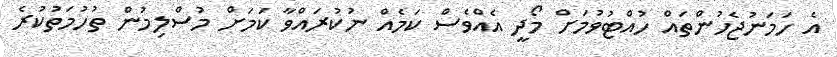
އެ ހަމަނުޖެހުންތައް ހުއްޓުވުމަށް މޯދީ އެއްވެސް ކަމެއް ނުކުރައްވާ ކަމަށް މުސްލިމުން ތުހުމަތުކުރެ